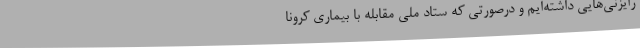
رایزنی‌هایی داشته‌ایم و درصورتی که ستاد ملی مقابله با بیماری کرونا